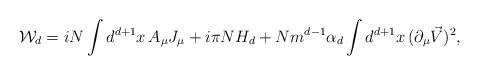
LaTeX: \begin{align*} {\cal W}_{d}= iN\int d^{d+1}x\, A_\mu J_\mu +i\pi N H_d + N m^{d-1}\alpha_{d}\int d^{d+1}x\, (\partial_\mu \vec{V})^2,\end{align*}